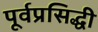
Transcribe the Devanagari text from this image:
पूर्वप्रसिद्धी